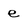
Character: e